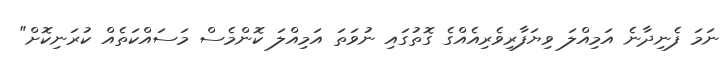
ނަމަ ފެނިދާނެ އަމިއްލަ ވިޔަފާރިވެރިއެއްގެ ގޮތުގައި ނުވަތަ އަމިއްލަ ކޮންމެސް މަސައްކަތެއް ކުރަނިކޮށް"